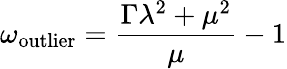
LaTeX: \omega_{\mathrm{outlier}}=\frac{\Gamma\lambda^{2}+\mu^{2}}{\mu}-1